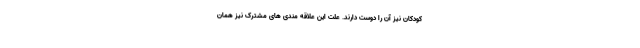
کودکان نیز آن را دوست دارند. علت این علاقه مندی های مشترک نیز همان